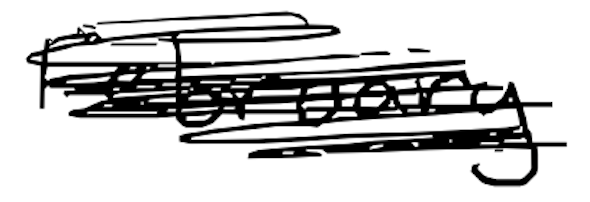
Text: February
Cross-out: scratch
Writing tool: digital_black